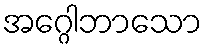
အဂ္ဂေါဘာသော